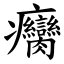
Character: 癵